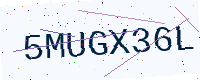
Text: 5MUGX36L